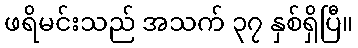
ဖရိမင်းသည် အသက် ၃၇ နှစ်ရှိပြီ။